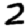
Digit: 2